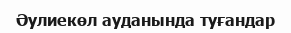
Әулиекөл ауданында туғандар